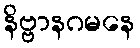
နိဗ္ဗာနဂမနေ